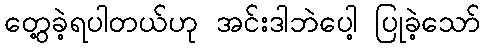
တွေ့ခဲ့ရပါတယ်ဟု အင်းဒါဘဲပေါ့ ပြုခဲ့သော်